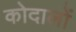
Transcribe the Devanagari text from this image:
कोदालों